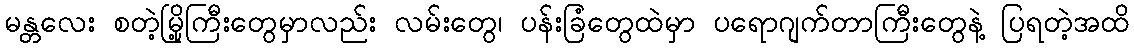
မန္တလေး စတဲ့မြို့ကြီးတွေမှာလည်း လမ်းတွေ၊ ပန်းခြံတွေထဲမှာ ပရောဂျက်တာကြီးတွေနဲ့ ပြရတဲ့အထိ